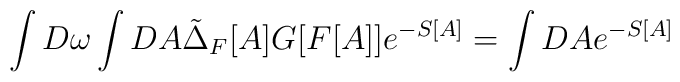
\int D\omega \int DA \tilde{\Delta}_F[A]G[F[A]]e^{-S[A]}=\int DA e^{-S[A]}